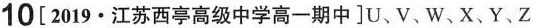
0[2019.江苏西亭高级中学高一期中]U、V、W、X、Y、Z